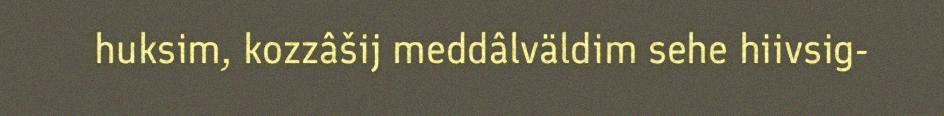
huksim, kozzâšij meddâlväldim sehe hiivsig-